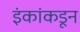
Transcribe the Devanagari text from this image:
इंकांकडून